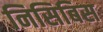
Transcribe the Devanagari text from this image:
निसिबिस